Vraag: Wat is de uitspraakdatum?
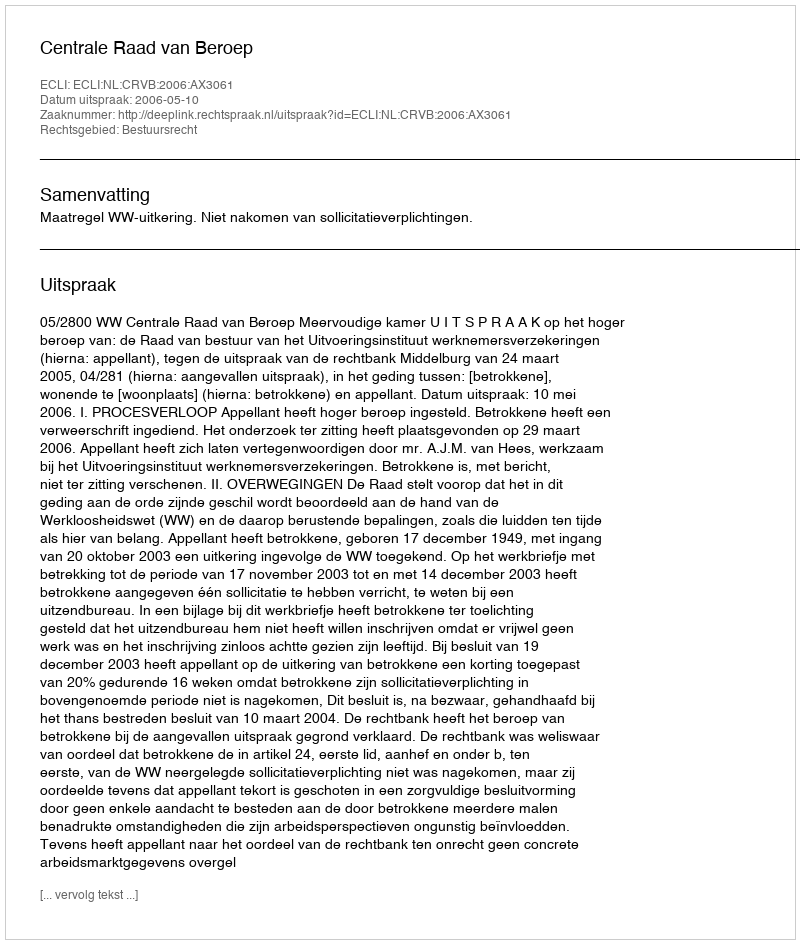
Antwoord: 2006-05-10